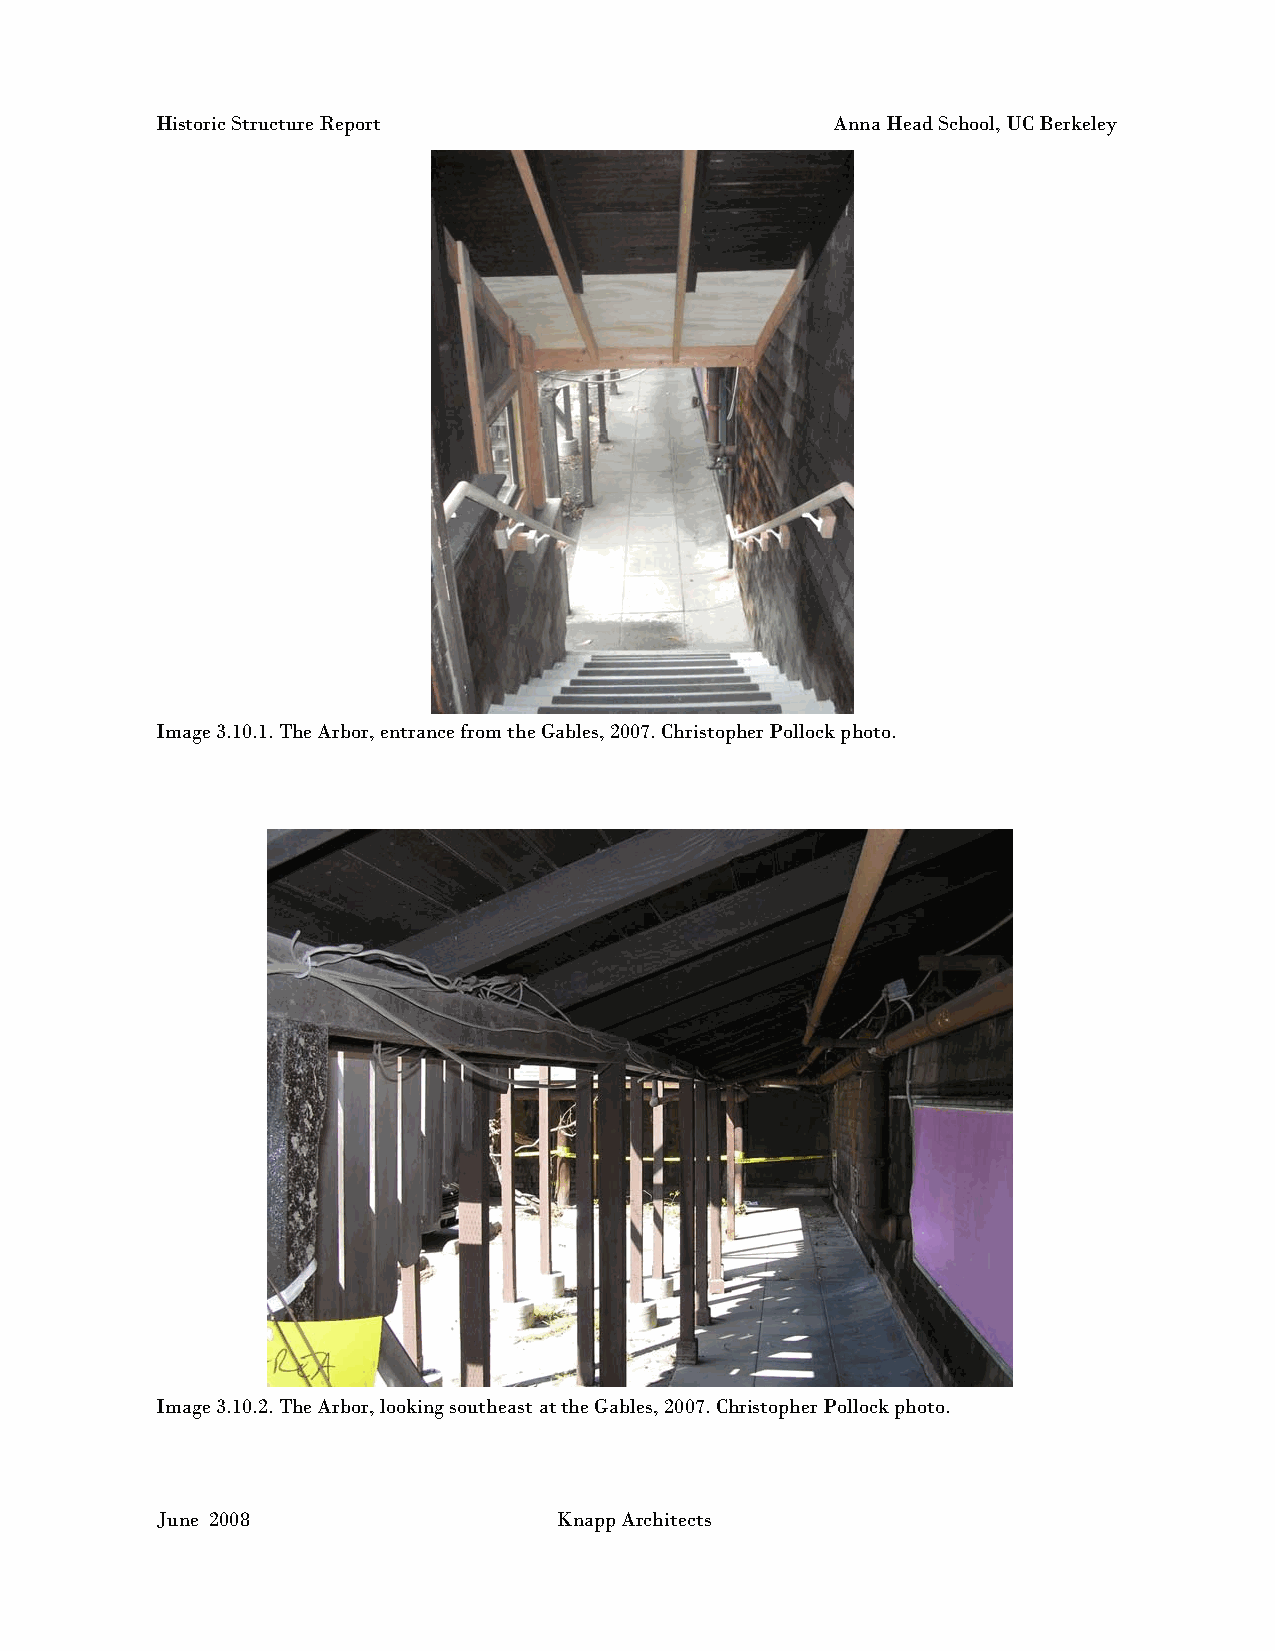
Historic Structure Report                    Anna Head School, UC Berkeley
 Image 3.10.1. The Arbor, entrance from the Gables, 2007. Christopher Pollock photo.
 Image 3.10.2. The Arbor, looking southeast at the Gables, 2007. Christopher Pollock photo.
 June 2008                  Knapp Architects